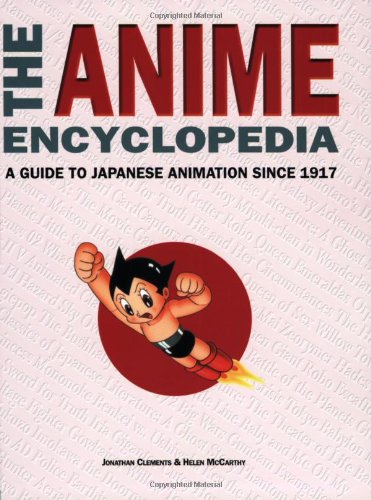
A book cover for The Anime Encyclopedia: A Guide to Japanese Animation since 1917; Jonathan Clements; Humor & Entertainment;